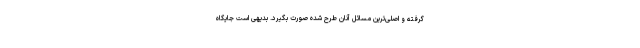
گرفته و اصلی‌ترین مسائل آنان طرح شده صورت بگیرد. بدیهی است جایگاه